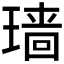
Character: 𱯜